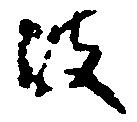
波